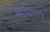
આઘાપાછા